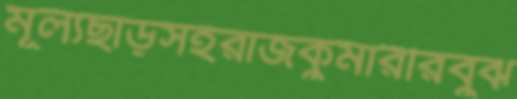
মূল্যছাড়সহরাজকুমারীরবুঝ